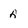
Character: A